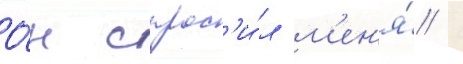
О́н спрос'и́л м'ен'я́ /